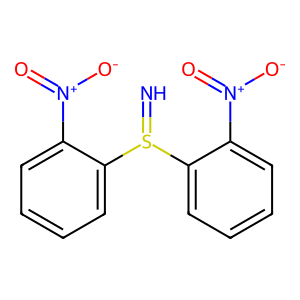
SMILES: N=S(c1ccccc1[N+](=O)[O-])c1ccccc1[N+](=O)[O-]
Inhibits HIV replication: No